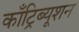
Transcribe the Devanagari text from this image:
काँट्रिब्यूशन